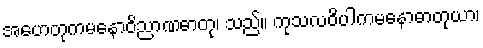
အဟေတုကမနောဝိညာဏဓာတု၊ သည်။ ကုသလဝိပါကမနောဓာတုယာ၊